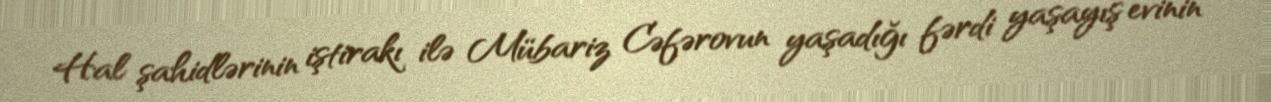
Hal şahidlərinin iştirakı ilə Mübariz Cəfərovun yaşadığı fərdi yaşayış evinin